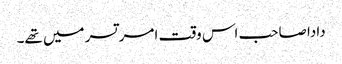
دادا صاحب اس وقت امر تسر میں تھے۔